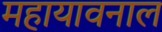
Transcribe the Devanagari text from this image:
महायावनाल